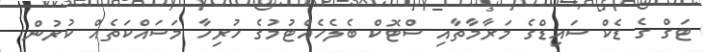
ޓަގް ގެ ޑެކް ސައިޑްގެ މަރާމާތާއި ސްޓޮކް ބެލެހެެއްޓުމުގެ ހުރިހާ މަސައްކަތެއް ކުރުން.